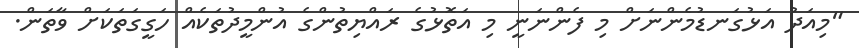
"މިއަދު އަޅުގަނޑުމެންނަށް މި ފެންނަނީ މި އަތޮޅުގެ ރައްޔިތުންގެ އުންމީދުތަކެއް ހަގީގަތަކަށް ވާތަން.